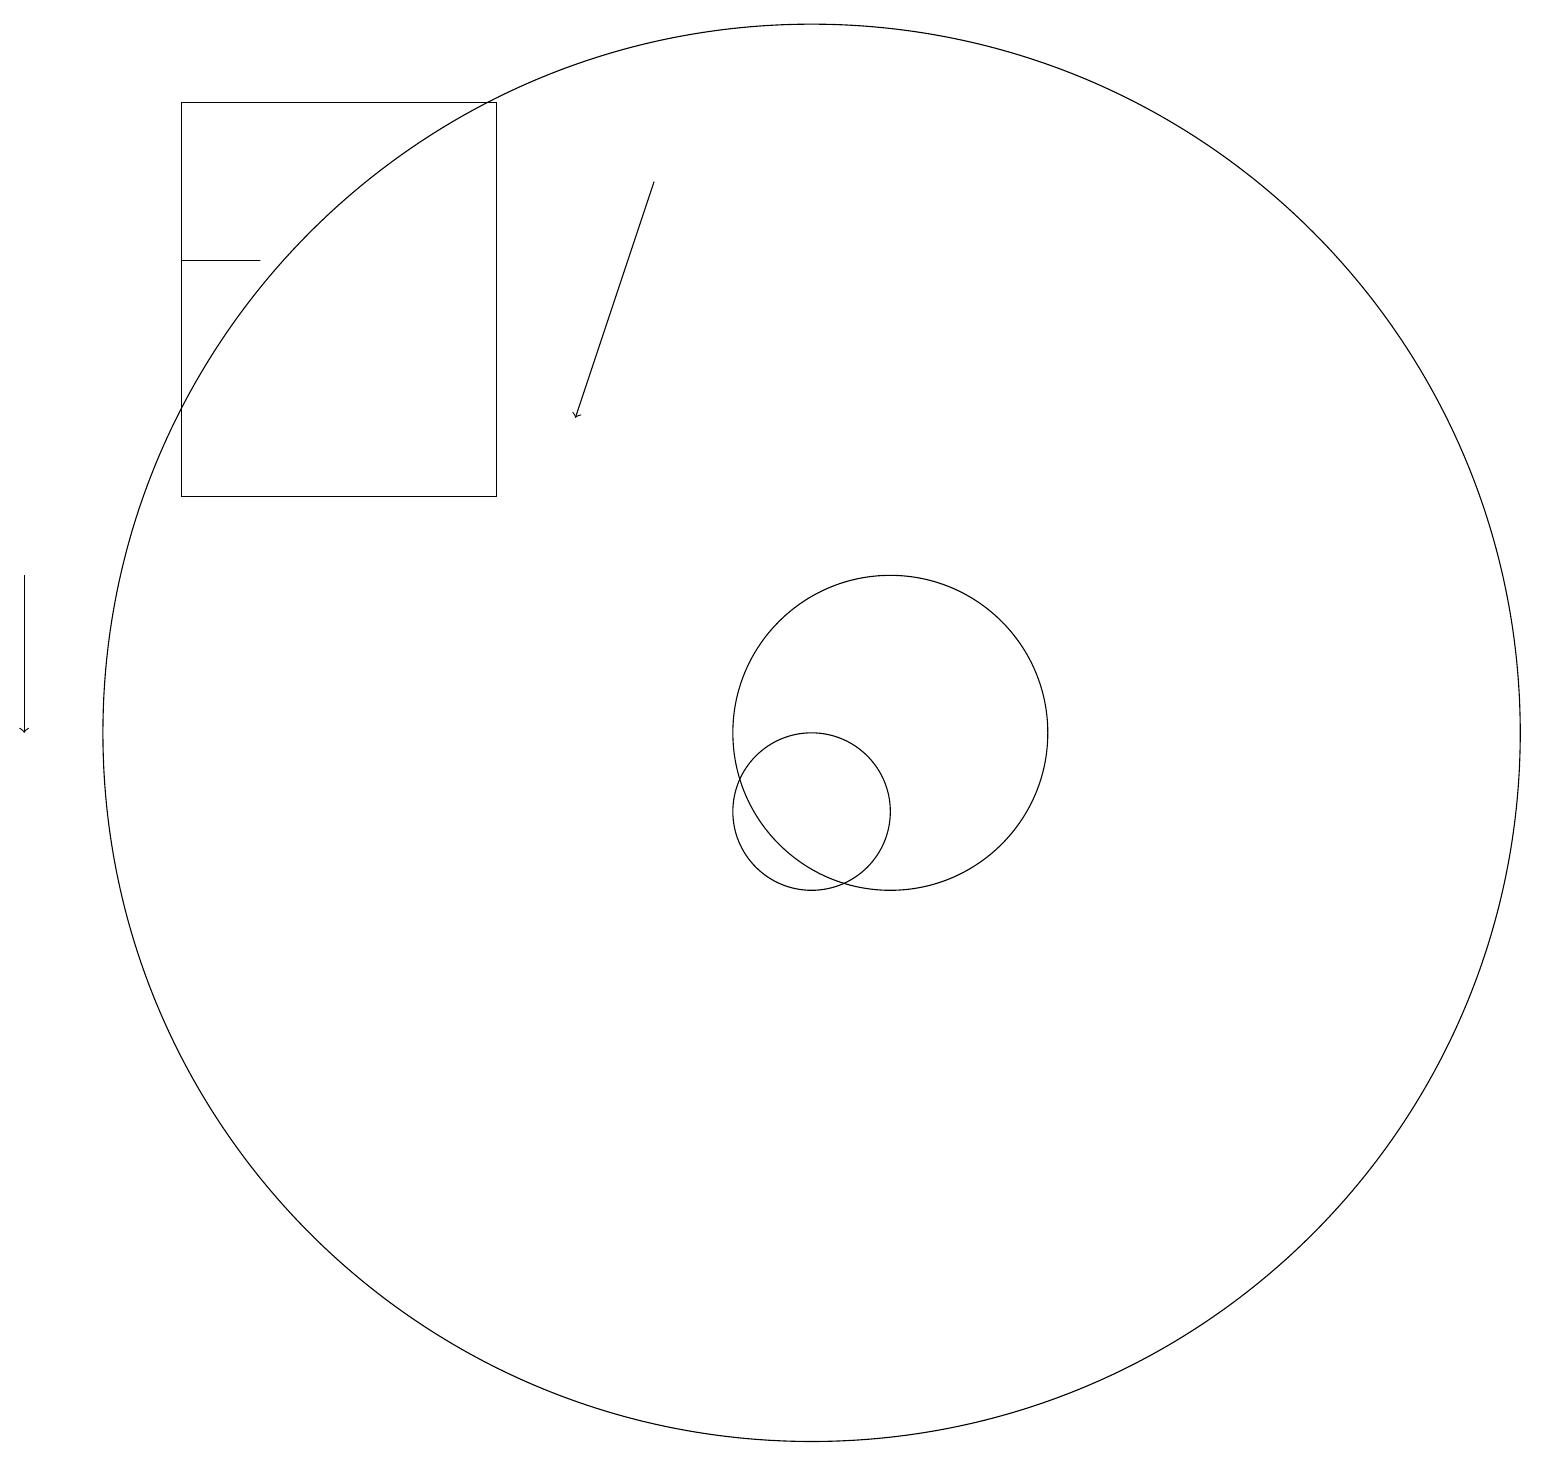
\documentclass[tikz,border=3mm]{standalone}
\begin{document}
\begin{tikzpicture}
\draw (10,11) circle (9);
\draw (10,10) circle (1);
\draw[->] (0,13) -- (0,11);
\draw (3,17) rectangle (2,17);
\draw (11,11) circle (2);
\draw (11,10) circle (0);
\draw (6,14) rectangle (2,19);
\draw[->] (8,18) -- (7,15);
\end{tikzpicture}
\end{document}